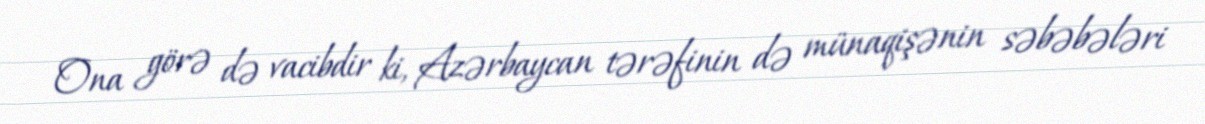
Ona görə də vacibdir ki, Azərbaycan tərəfinin də münaqişənin səbəbələri